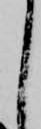
く